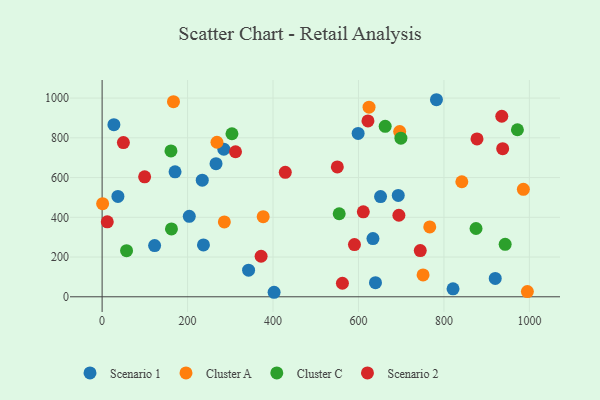
{"axis": {"x": "Engine Size", "y": "Demand"}, "legend": ["Cluster A", "Cluster C", "Scenario 1", "Scenario 2"], "data": [{"x": "122.9", "y": 257.6, "type": "Scenario 1"}, {"x": "37.0", "y": 505.3, "type": "Scenario 1"}, {"x": "693.1", "y": 509.9, "type": "Scenario 1"}, {"x": "782.5", "y": 991.7, "type": "Scenario 1"}, {"x": "234.4", "y": 586.6, "type": "Scenario 1"}, {"x": "342.8", "y": 133.7, "type": "Scenario 1"}, {"x": "237.2", "y": 260.9, "type": "Scenario 1"}, {"x": "27.6", "y": 866.0, "type": "Scenario 1"}, {"x": "633.9", "y": 292.9, "type": "Scenario 1"}, {"x": "920.1", "y": 92.5, "type": "Scenario 1"}, {"x": "599.2", "y": 821.9, "type": "Scenario 1"}, {"x": "266.6", "y": 669.8, "type": "Scenario 1"}, {"x": "639.8", "y": 70.9, "type": "Scenario 1"}, {"x": "402.5", "y": 22.7, "type": "Scenario 1"}, {"x": "651.7", "y": 504.4, "type": "Scenario 1"}, {"x": "821.3", "y": 40.1, "type": "Scenario 1"}, {"x": "284.8", "y": 742.8, "type": "Scenario 1"}, {"x": "204.0", "y": 405.0, "type": "Scenario 1"}, {"x": "170.7", "y": 629.0, "type": "Scenario 1"}, {"x": "377.0", "y": 403.0, "type": "Cluster A"}, {"x": "995.3", "y": 26.1, "type": "Cluster A"}, {"x": "696.4", "y": 831.6, "type": "Cluster A"}, {"x": "985.9", "y": 540.6, "type": "Cluster A"}, {"x": "167.0", "y": 982.1, "type": "Cluster A"}, {"x": "751.2", "y": 109.8, "type": "Cluster A"}, {"x": "766.8", "y": 351.8, "type": "Cluster A"}, {"x": "624.7", "y": 954.3, "type": "Cluster A"}, {"x": "286.1", "y": 376.7, "type": "Cluster A"}, {"x": "1.2", "y": 468.8, "type": "Cluster A"}, {"x": "841.9", "y": 578.9, "type": "Cluster A"}, {"x": "268.8", "y": 777.8, "type": "Cluster A"}, {"x": "943.3", "y": 264.1, "type": "Cluster C"}, {"x": "972.0", "y": 840.5, "type": "Cluster C"}, {"x": "57.2", "y": 232.2, "type": "Cluster C"}, {"x": "161.1", "y": 734.1, "type": "Cluster C"}, {"x": "162.3", "y": 341.6, "type": "Cluster C"}, {"x": "303.9", "y": 820.4, "type": "Cluster C"}, {"x": "554.9", "y": 417.8, "type": "Cluster C"}, {"x": "875.1", "y": 343.6, "type": "Cluster C"}, {"x": "662.5", "y": 857.7, "type": "Cluster C"}, {"x": "699.3", "y": 798.0, "type": "Cluster C"}, {"x": "877.4", "y": 794.4, "type": "Scenario 2"}, {"x": "99.5", "y": 603.6, "type": "Scenario 2"}, {"x": "744.6", "y": 232.4, "type": "Scenario 2"}, {"x": "428.7", "y": 626.4, "type": "Scenario 2"}, {"x": "611.3", "y": 427.8, "type": "Scenario 2"}, {"x": "312.2", "y": 729.9, "type": "Scenario 2"}, {"x": "937.5", "y": 745.3, "type": "Scenario 2"}, {"x": "550.5", "y": 653.7, "type": "Scenario 2"}, {"x": "694.6", "y": 410.2, "type": "Scenario 2"}, {"x": "935.4", "y": 908.6, "type": "Scenario 2"}, {"x": "590.6", "y": 262.6, "type": "Scenario 2"}, {"x": "12.1", "y": 377.1, "type": "Scenario 2"}, {"x": "372.1", "y": 203.9, "type": "Scenario 2"}, {"x": "562.4", "y": 68.1, "type": "Scenario 2"}, {"x": "622.2", "y": 884.8, "type": "Scenario 2"}, {"x": "49.8", "y": 776.3, "type": "Scenario 2"}]}